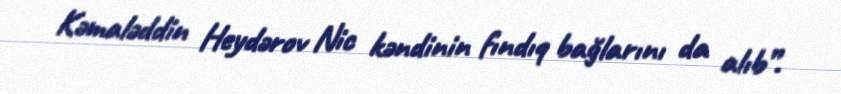
Kəmaləddin Heydərov Nic kəndinin fındıq bağlarını da alıb”.